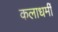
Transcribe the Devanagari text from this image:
कलाधर्मी